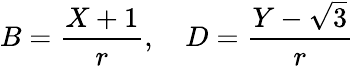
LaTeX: B=\frac{X+1}{r},\quad D=\frac{Y-\sqrt{3}}{r}